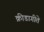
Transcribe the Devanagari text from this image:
क्रीडागीते